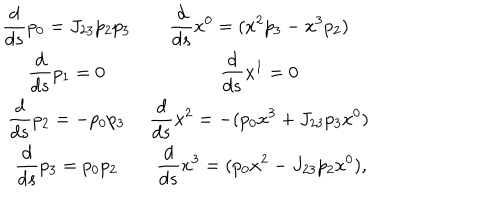
\begin{array} { c c } { { \displaystyle \frac { d } { d s } p _ { 0 } = J _ { 2 3 } p _ { 2 } p _ { 3 } } } & { { \displaystyle \frac { d } { d s } x ^ { 0 } = ( x ^ { 2 } p _ { 3 } - x ^ { 3 } p _ { 2 } ) \ } } \\ { { \displaystyle \frac { d } { d s } p _ { 1 } = 0 } } & { { \displaystyle \frac { d } { d s } x ^ { 1 } = 0 \ } } \\ { { \displaystyle \frac { d } { d s } p _ { 2 } = - p _ { 0 } p _ { 3 } } } & { { \displaystyle \frac { d } { d s } x ^ { 2 } = - ( p _ { 0 } x ^ { 3 } + J _ { 2 3 } p _ { 3 } x ^ { 0 } ) \ } } \\ { { \displaystyle \frac { d } { d s } p _ { 3 } = p _ { 0 } p _ { 2 } } } & { { \displaystyle \frac { d } { d s } x ^ { 3 } = ( p _ { 0 } x ^ { 2 } - J _ { 2 3 } p _ { 2 } x ^ { 0 } ) , } } \\ \end{array}